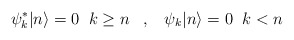
\begin{align*}\psi^{\ast}_{k}|n \rangle = 0 \;\; k\geq n \;\;\;, \;\;\; \psi_{k}|n\rangle = 0 \;\; k<n\end{align*}